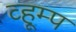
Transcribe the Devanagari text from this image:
व्हूम्प